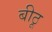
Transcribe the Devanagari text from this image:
बीठू